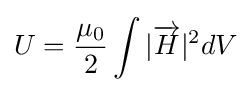
U={\frac {\mu _{0}}{2}}\int {|{\overrightarrow {H}}|^{2}dV}